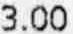
3.00